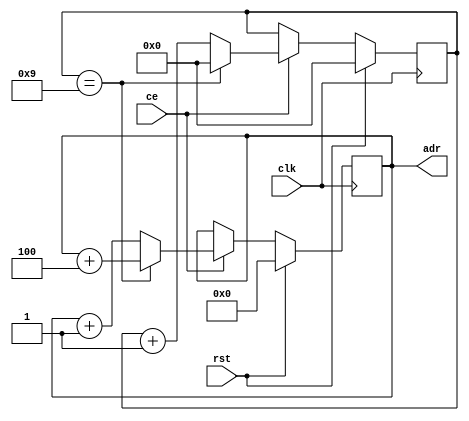
module adr_gen_cnt(input clk , rst , ce , output reg [7:0]adr);
    reg [3:0] col_cnt ;
    always @(posedge clk)
    begin
        if(rst)
        begin
            col_cnt  <= 0 ; 
            adr <= 0 ;
        end
        else if (ce)
        begin
            if (col_cnt == 9 )
            begin
              adr <= adr + 4 ; 
              col_cnt <= 0 ; 
            end
            else 
            begin
              adr <= adr + 1 ; 
              col_cnt <= col_cnt + 1 ; 
            end
        end
    end
endmodule